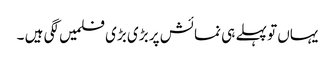
یہاں تو پہلے ہی نمائش پر بڑی بڑی فلمیں لگی ہیں ۔